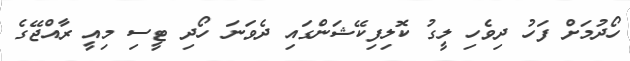
ހޯދުމަށް ފަހު ދިވެހި ލީގު ކޮލިފިކޭޝަންގައި ދެވަނަ ހޯދި ޓީސި މިއީ ރާއްޖޭގެ